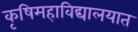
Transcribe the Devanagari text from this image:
कृषिमहाविद्यालयात